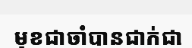
មុខជាចាំបានជាក់ជា